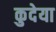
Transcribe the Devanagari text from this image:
कुदेया